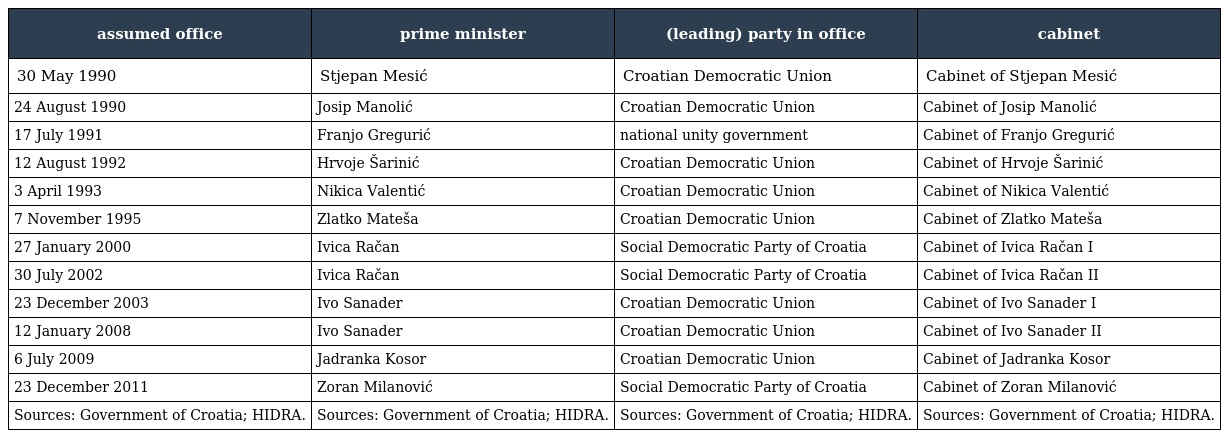
| assumed office | prime minister | (leading) party in office | cabinet |
 | --- | --- | --- | --- |
 | 30 May 1990 | Stjepan Mesić | Croatian Democratic Union | Cabinet of Stjepan Mesić |
 | 24 August 1990 | Josip Manolić | Croatian Democratic Union | Cabinet of Josip Manolić |
 | 17 July 1991 | Franjo Gregurić | national unity government | Cabinet of Franjo Gregurić |
 | 12 August 1992 | Hrvoje Šarinić | Croatian Democratic Union | Cabinet of Hrvoje Šarinić |
 | 3 April 1993 | Nikica Valentić | Croatian Democratic Union | Cabinet of Nikica Valentić |
 | 7 November 1995 | Zlatko Mateša | Croatian Democratic Union | Cabinet of Zlatko Mateša |
 | 27 January 2000 | Ivica Račan | Social Democratic Party of Croatia | Cabinet of Ivica Račan I |
 | 30 July 2002 | Ivica Račan | Social Democratic Party of Croatia | Cabinet of Ivica Račan II |
 | 23 December 2003 | Ivo Sanader | Croatian Democratic Union | Cabinet of Ivo Sanader I |
 | 12 January 2008 | Ivo Sanader | Croatian Democratic Union | Cabinet of Ivo Sanader II |
 | 6 July 2009 | Jadranka Kosor | Croatian Democratic Union | Cabinet of Jadranka Kosor |
 | 23 December 2011 | Zoran Milanović | Social Democratic Party of Croatia | Cabinet of Zoran Milanović |
 | Sources: Government of Croatia; HIDRA. | Sources: Government of Croatia; HIDRA. | Sources: Government of Croatia; HIDRA. | Sources: Government of Croatia; HIDRA. |